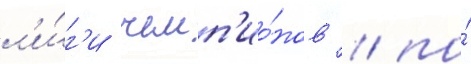
л'и́г'и чемп'ио́нов / по́